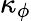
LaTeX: \kappa_{\phi}